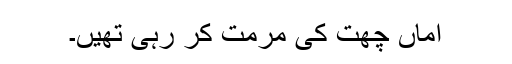
اماں چھت کی مرمت کر رہی تھیں۔